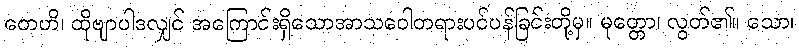
တေဟိ၊ ထိုဗျာပါဒလျှင် အကြောင်းရှိသောအာသဝေါတရားပင်ပန်ခြင်းတို့မှ။ မုတ္တော၊ လွတ်၏။ သော၊